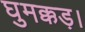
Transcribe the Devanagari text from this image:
घुमक्कड़।